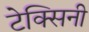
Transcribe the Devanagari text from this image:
टेक्सिनी